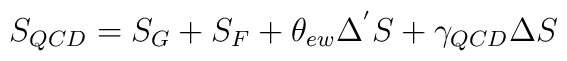
S_{QCD} = S_{G} + S_{F} + \theta_{ew} \Delta^{'}S +\gamma_{QCD} \Delta S